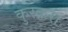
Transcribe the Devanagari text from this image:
कुस्करा